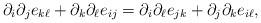
LaTeX: \begin{align*}\partial_i\partial_je_{k\ell}+\partial_k\partial_\ell e_{ij}=\partial_i\partial_\ell e_{jk}+\partial_j\partial_k e_{i\ell},\end{align*}